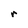
Character: r